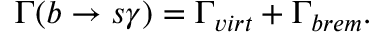
\Gamma ( b \to s \gamma ) = \Gamma _ { v i r t } + \Gamma _ { b r e m } .